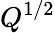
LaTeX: Q^{1/2}